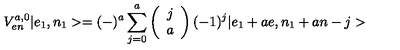
V _ { e n } ^ { a , 0 } | e _ { 1 } , n _ { 1 } > = ( - ) ^ { a } \sum _ { j = 0 } ^ { a } \left( \begin{array} { c c } { j } \\ { a } \\ \end{array} \right) ( - 1 ) ^ { j } | e _ { 1 } + a e , n _ { 1 } + a n - j >